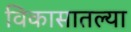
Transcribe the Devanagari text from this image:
विकासातल्या